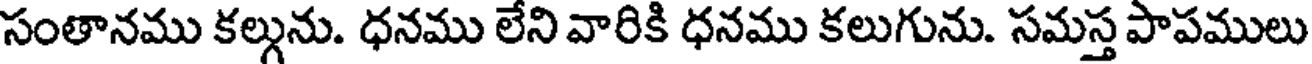
సంతానము కల్గును. ధనము లేని వారికి ధనము కలుగును. సమస్త పాపములు